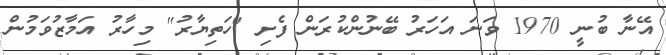
އޭނާ ބުނީ 1970 ވަނަ އަހަރު ބޭނުންކުރަން ފެށި "ހަތިޔާރު" މިހާރު އަމާޒުވަމުން